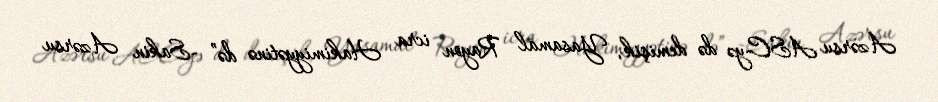
Azərsu ASC-yə də demişik, Yasamal Rayon icra Hakimiyyətinə də” -Sakin Azərsu